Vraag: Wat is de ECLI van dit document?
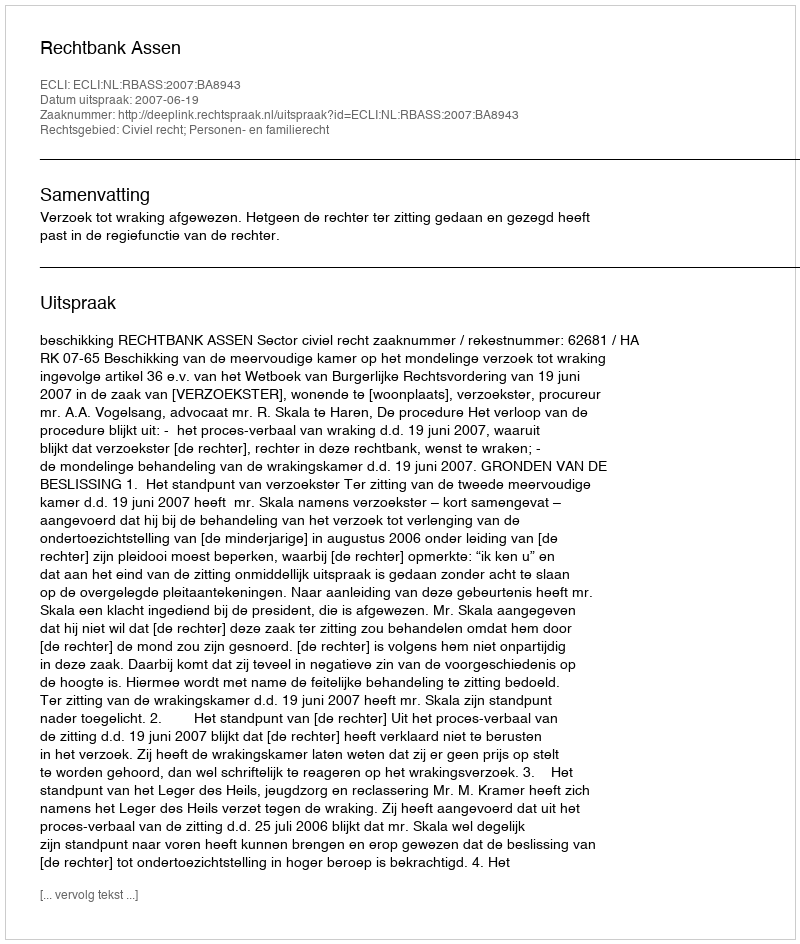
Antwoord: ECLI:NL:RBASS:2007:BA8943